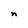
Character: n